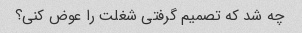
چه شد که تصمیم گرفتی شغلت را عوض کنی؟